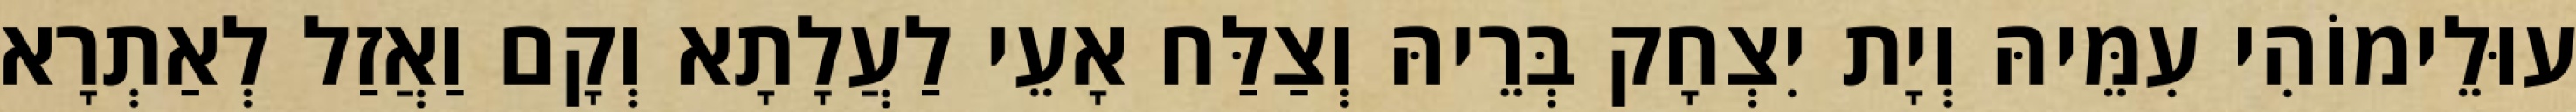
עוּלֵימוֹהִי עִמֵּיהּ וְיָת יִצְחָק בְּרֵיהּ וְצַלַּח אָעֵי לַעֲלָתָא וְקָם וַאֲזַל לְאַתְרָא